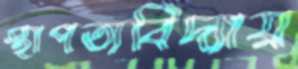
স্থাপত্যবিদ্যায়